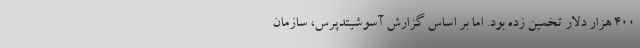
۴۰۰ هزار دلار تخمین زده بود. اما بر اساس گزارش آسوشیتدپرس، سازمان